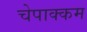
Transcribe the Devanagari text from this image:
चेपाक्कम